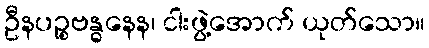
ဦနပဉ္စဗန္ဓနေန၊ ငါးဖွဲ့အောက် ယုတ်သော။